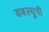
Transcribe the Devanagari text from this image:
डबल्यूपी